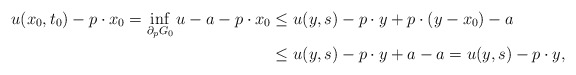
\begin{align*}u(x_{0}, t_{0})-p\cdot x_{0}=\inf_{\partial_{p}G_{0}} u-a-p\cdot x_{0}&\leq u(y,s)-p\cdot y+p\cdot (y-x_{0})-a\\&\leq u(y,s)-p\cdot y+a-a= u(y,s)-p\cdot y,\end{align*}